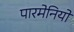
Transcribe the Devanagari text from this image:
पारमेनियो